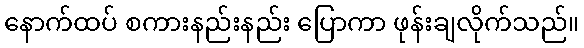
နောက်ထပ် စကားနည်းနည်း ပြောကာ ဖုန်းချလိုက်သည်။